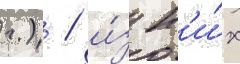
г.) / и́з н'и́х